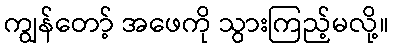
ကျွန်တော့် အဖေကို သွားကြည့်မလို့။